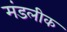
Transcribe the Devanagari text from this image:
मंडलीक